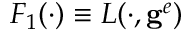
F _ { 1 } ( \cdot ) \equiv L ( \cdot , \mathbf { g } ^ { e } )